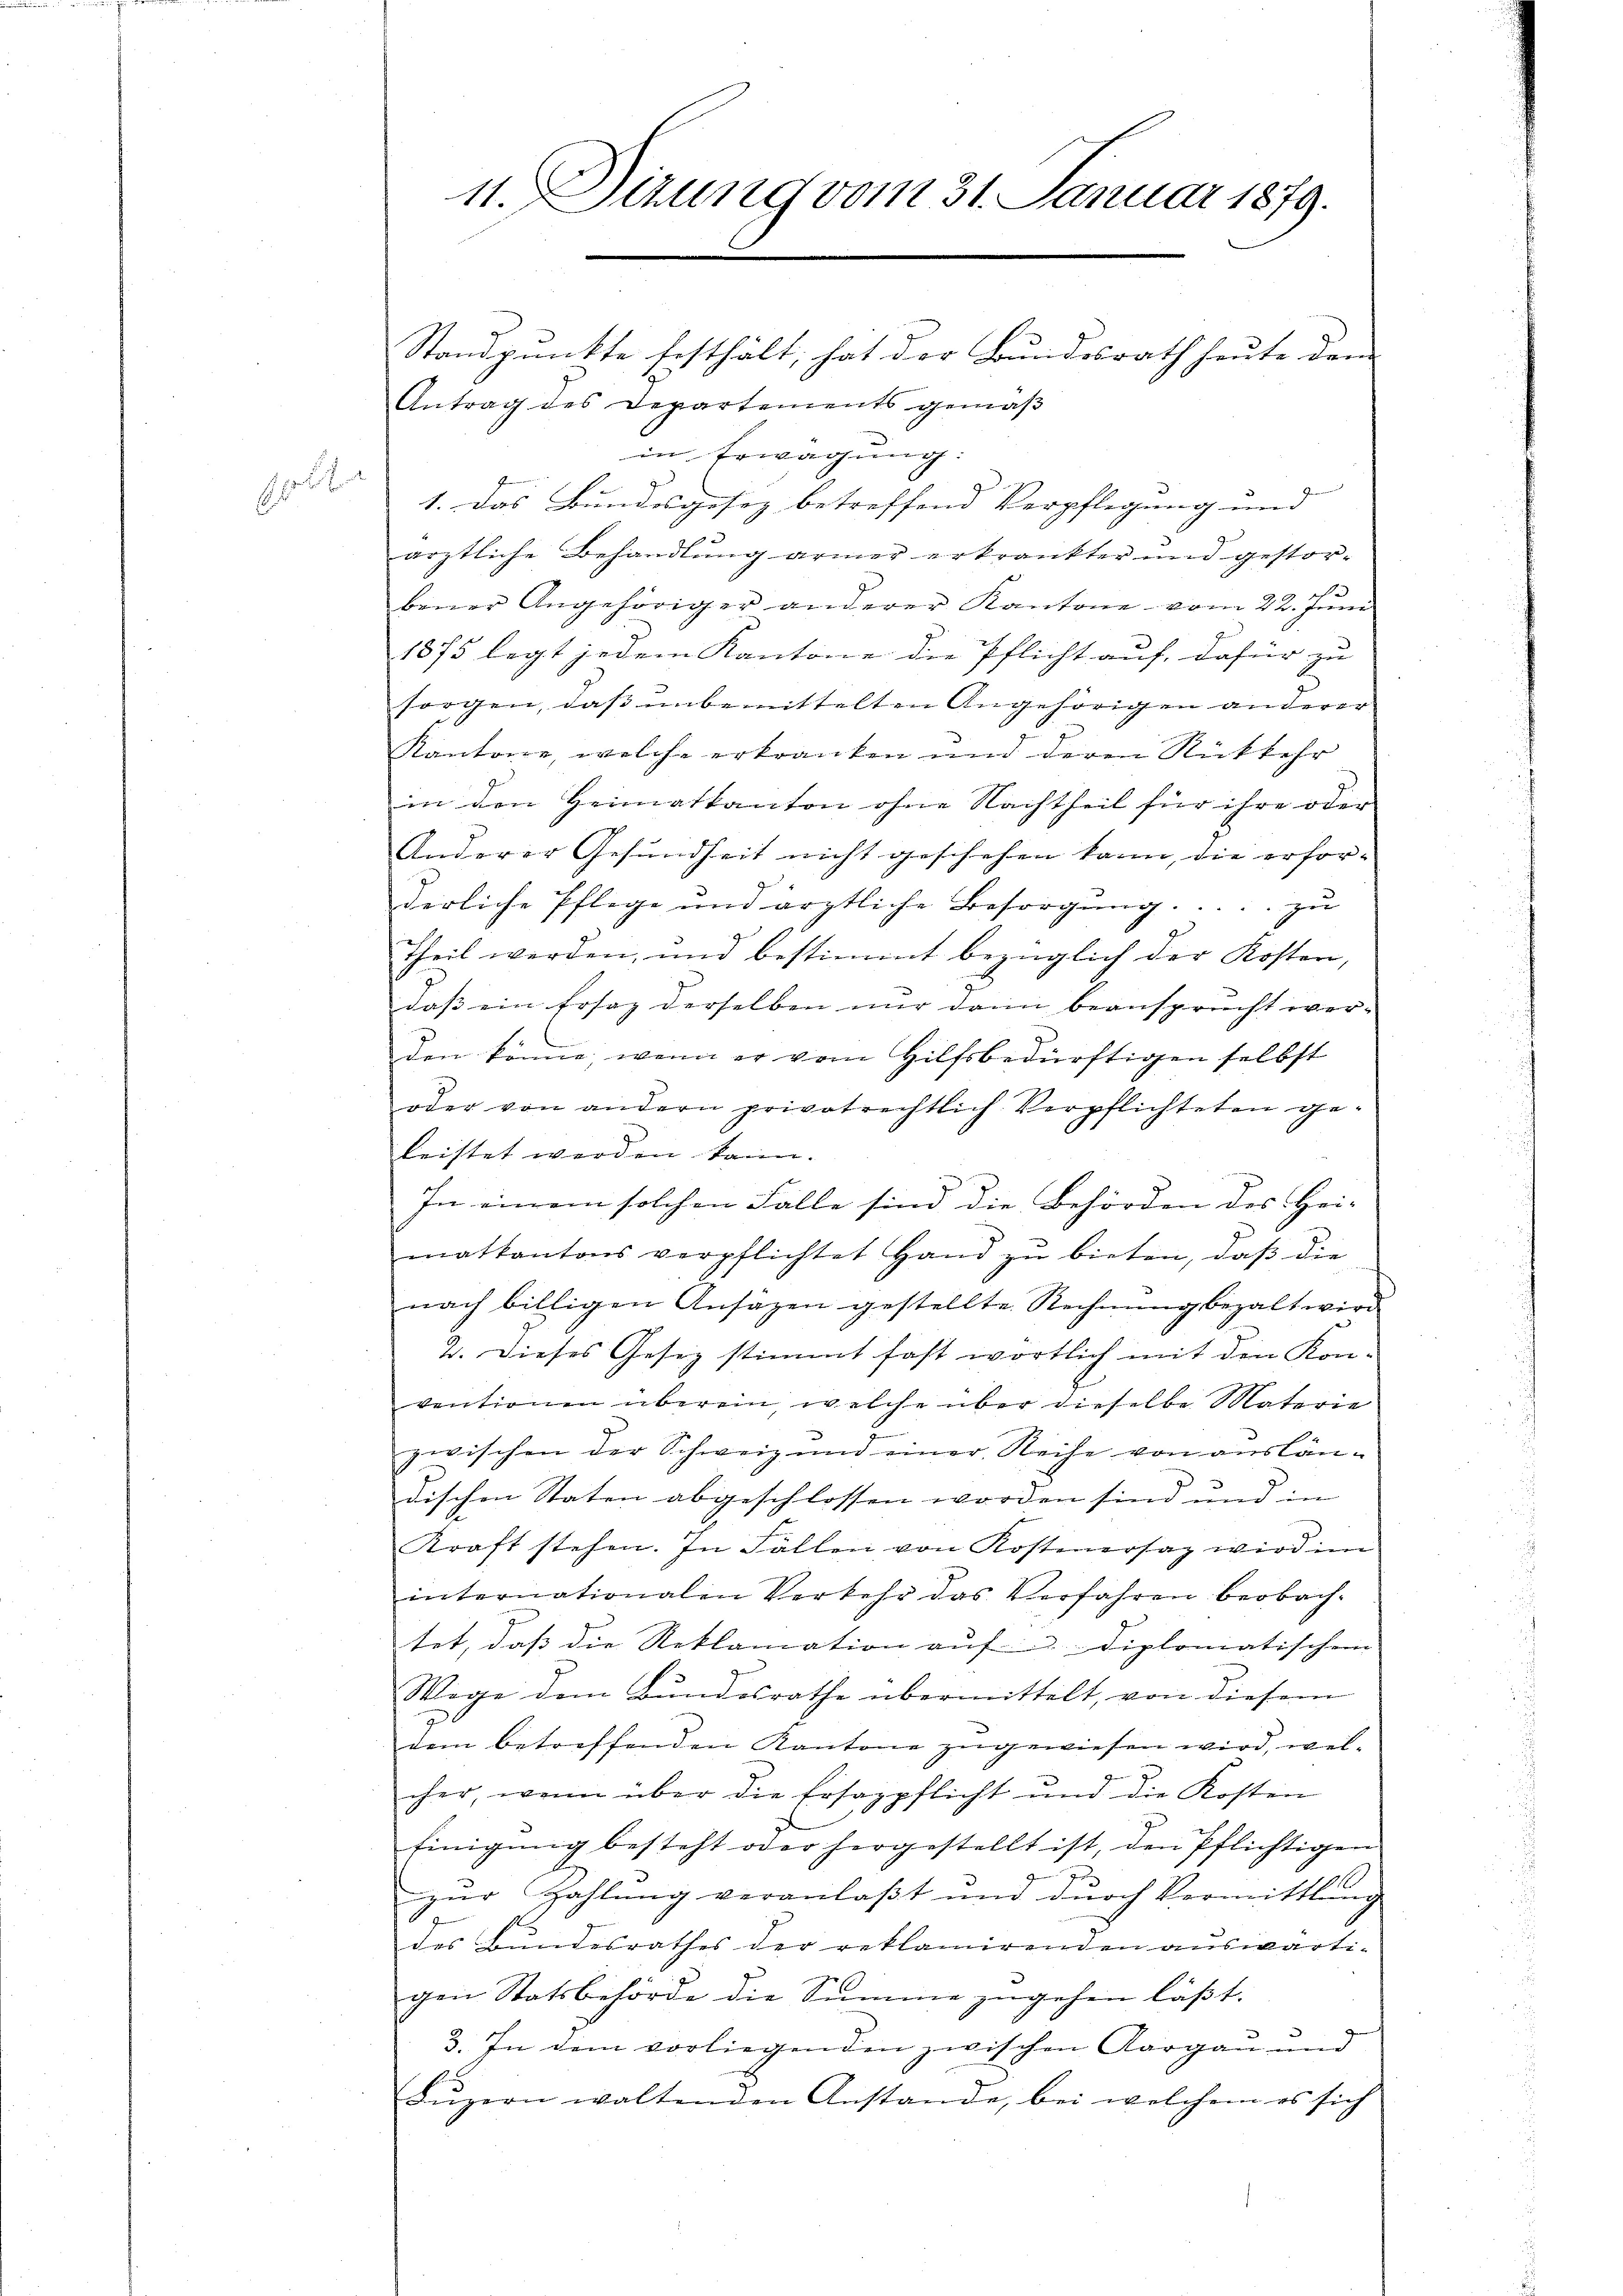
11. Sizung vom 31. Januar 1879.

Standpunkte festhält, hat der Bundesrath heute dem
Antrag des Departements gemäβ
in Erwägung:
1. Das Bundesgesez betreffend Verpflegung und |
ärztliche Behandlung armer erkrankter und gestor-
bener Angehöriger anderer Kantone vom 22. Jŭni
1875 legt jedem Kantone die Pflicht auf, dafür zu
sorgen, daß unbemittelten Angehörigen anderer
Kantone, welche erkranken und deren Rückkehr
in den Heimatkanton ohne Nachtheil für ihre oder
Anderer Gesundheit nicht geschehen kann, die erforderliche Pflege und ärztliche Besorgung..... zu |
Theil werden, und bestimmt bezüglich der Kosten,
daß ein Ersaz derselben nur dann beansprucht wer-
den könne, wenn er vom Hilfsbedürftigen selbst
oder von andern privatrechtlich Verpflichteten geleistet werden kann.
In einem solchen Falle sind die Behörden des Hei-
matkantons verpflichtet Hand zŭ bieten, daβ die
nach billigen Ansätzen gestellte Rechnŭng bezalt wird
4. Dieses Gesez stimmt fast wortlich mit den Kon-
ventionen überein welche über dieselbe Materie
zwischen der Schweiz und einer Reihe von auslän-
dischen Staten abgeschlossen worden sind und in
Kraft stehen. In Fällen von Kostenersaz wird im
internationalen Verkehr das Verfahren beobach-
tet, daß die Reklamation auf diplomatischen
Wege dem Bundesrathe übermittelt, von diesem
dem betreffenden Kantone zugewiesen wird, welcher, wenn über die Ersazpflicht und die Kosten
Einigung besteht oder hergestellt ist, den Pflichtigen
zŭr Zahlung veranlaßt und durch Vermittlung
des Bundesrathes der reklamirenden auswärtigen Statsbehörde die Summe zugehen läßt.
u
3. In dem vorliegenden zwischen Aargau und
Lŭzern waltenden Anstande, bei welchem es sich